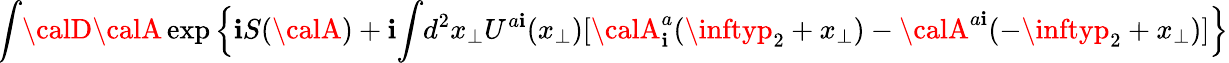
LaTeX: \! \int\! {\calD}{\calA}\exp\Big\{ \mathbf{i}S({\calA})+\mathbf{i}\! \int\! d^{2}x_{\perp}U^{a\mathbf{i}}(x_{\perp})[{\calA}_{\mathbf{i}}^{a}(\inftyp_{2}+x_{\perp})-{\calA}^{a\mathbf{i}}(-\inftyp_{2}+x_{\perp})]\Big\}